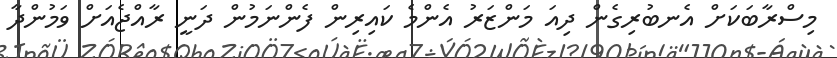
މިސްރާބަކަށް އެނބުރިގެން ދިއަ މަންޒަރު އެންމެ ކައިރިން ފެންނަމުން ދަނީ ރާއްޖެއަށް ވަމުންދާ